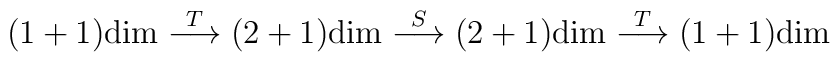
(1+1){\rm dim} \stackrel{T}{\longrightarrow} (2+1){\rm dim} \stackrel{S}{\longrightarrow} (2+1){\rm dim} \stackrel{T}{\longrightarrow} (1+1){\rm dim}